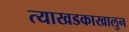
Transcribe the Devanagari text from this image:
त्याखडकाखालुन